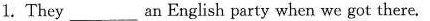
1. They___an English party when we got there.